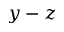
y - z